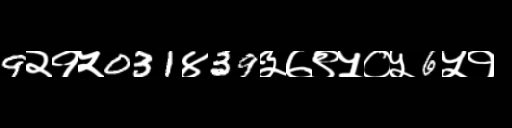
Text: 9२१५031४39३७९५०५6५१